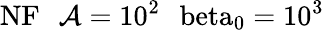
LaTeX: \mathrm{{NF}\: \: \: \mathcal{A}=10^{2}\: \: \ beta_{0}=10^{3}}